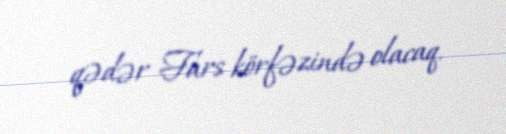
qədər Fars körfəzində olacaq.